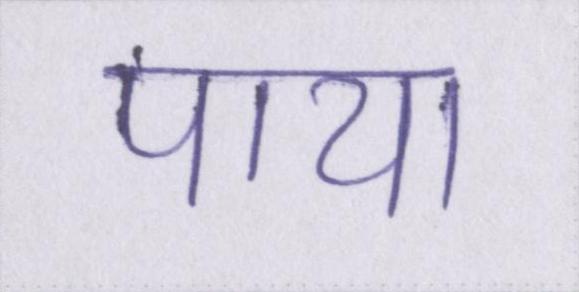
पाया